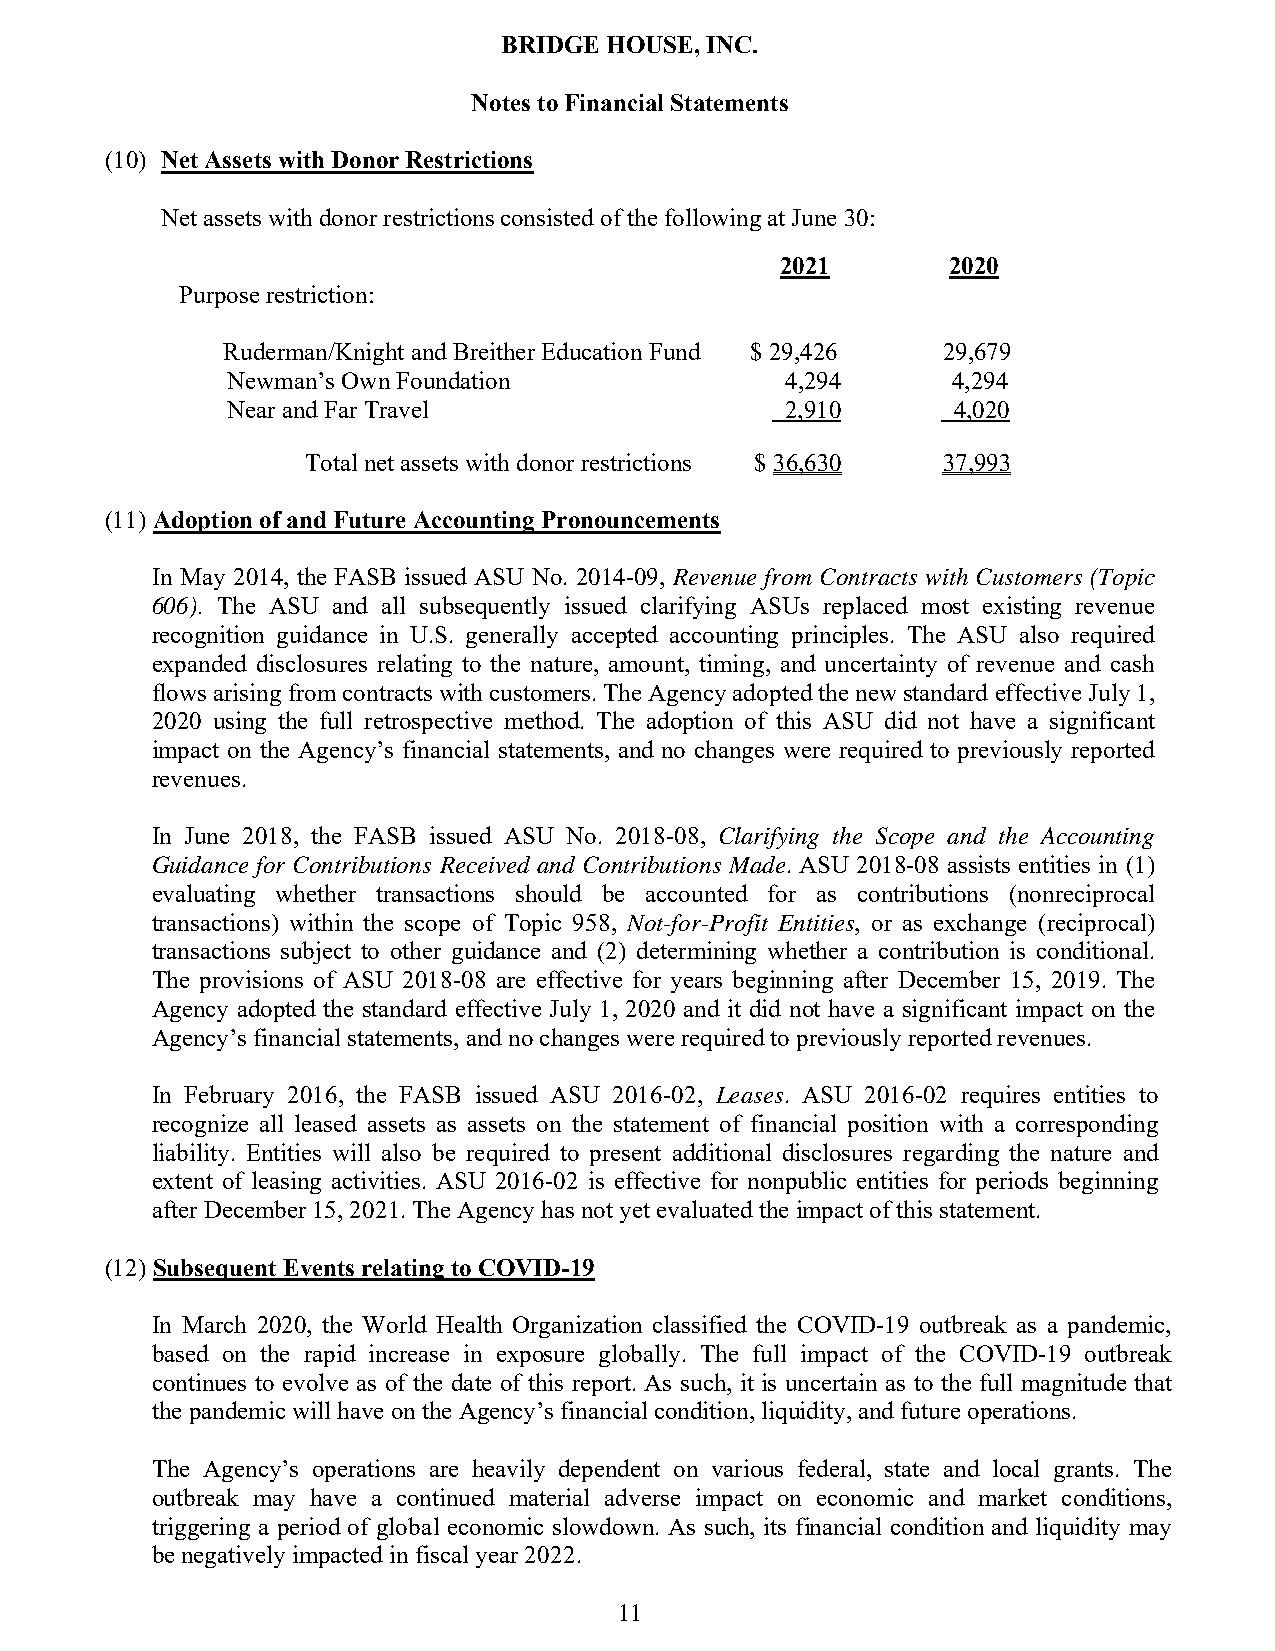
BRIDGE HOUSE, INC.
 Notes to Financial Statements
 (10) Net Assets with Donor Restrictions
 Net assets with donor restrictions consisted of the following at June 30:
 2021       2020
 Purpose restriction:
 Ruderman/Knight and Breither Education Fund $ 29,426 29,679
 Newman’s Own Foundation              4,294      4,294
 Near and Far Travel                  2,910      4,020
 Total net assets with donor restrictions $ 36,630 37,993
 (11) Adoption of and Future Accounting Pronouncements
 In May 2014, the FASB issued ASU No. 2014-09, Revenue from Contracts with Customers (Topic
 606). The ASU and all subsequently issued clarifying ASUs replaced most existing revenue
 recognition guidance in U.S. generally accepted accounting principles. The ASU also required
 expanded disclosures relating to the nature, amount, timing, and uncertainty of revenue and cash
 flows arising from contracts with customers. The Agency adopted the new standard effective July 1,
 2020 using the full retrospective method. The adoption of this ASU did not have a significant
 impact on the Agency’s financial statements, and no changes were required to previously reported
 revenues.
 In June 2018, the FASB issued ASU No. 2018-08, Clarifying the Scope and the Accounting
 Guidance for Contributions Received and Contributions Made. ASU 2018-08 assists entities in (1)
 evaluating whether transactions should be accounted for as contributions (nonreciprocal
 transactions) within the scope of Topic 958, Not-for-Profit Entities, or as exchange (reciprocal)
 transactions subject to other guidance and (2) determining whether a contribution is conditional.
 The provisions of ASU 2018-08 are effective for years beginning after December 15, 2019. The
 Agency adopted the standard effective July 1, 2020 and it did not have a significant impact on the
 Agency’s financial statements, and no changes were required to previously reported revenues.
 In February 2016, the FASB issued ASU 2016-02, Leases. ASU 2016-02 requires entities to
 recognize all leased assets as assets on the statement of financial position with a corresponding
 liability. Entities will also be required to present additional disclosures regarding the nature and
 extent of leasing activities. ASU 2016-02 is effective for nonpublic entities for periods beginning
 after December 15, 2021. The Agency has not yet evaluated the impact of this statement.
 (12) Subsequent Events relating to COVID-19
 In March 2020, the World Health Organization classified the COVID-19 outbreak as a pandemic,
 based on the rapid increase in exposure globally. The full impact of the COVID-19 outbreak
 continues to evolve as of the date of this report. As such, it is uncertain as to the full magnitude that
 the pandemic will have on the Agency’s financial condition, liquidity, and future operations.
 The Agency’s operations are heavily dependent on various federal, state and local grants. The
 outbreak may have a continued material adverse impact on economic and market conditions,
 triggering a period of global economic slowdown. As such, its financial condition and liquidity may
 be negatively impacted in fiscal year 2022.
 11